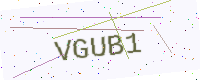
Text: VGUB1